Reports on military cantonments and civil stations in the Presidency of Bombay inspected by the Sanitary Commissioner in the years 1875 and 1876
Year: 1875
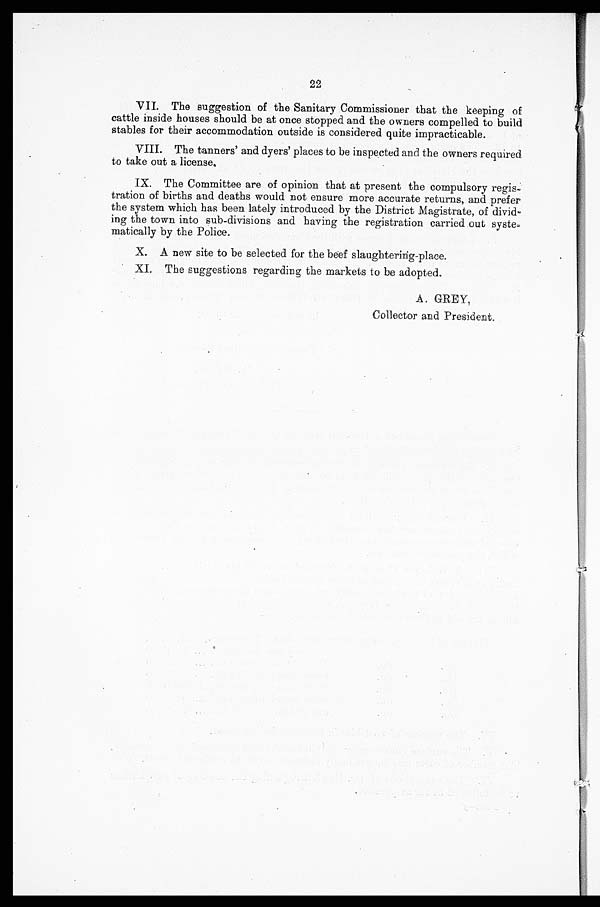
22
VII. The suggestion of the Sanitary Commissioner that the keeping of
cattle inside houses should be at once stopped and the owners compelled to build
stables for their accommodation outside is considered quite impracticable.
VIII. The tanners' and dyers' places to be inspected and the owners required
to take out a license.
IX. The Committee are of opinion that at present the compulsory regis--
tration of births and deaths would not ensure more accurate returns, and prefer
the system which has been lately introduced by the District Magistrate, of divid--
ing the town into sub-divisions and having the registration carried out syste-
matically by the Police.
X. A new site to be selected for the beef slaughtering-place.
X.I. The suggestions regarding the markets to be adopted.
A. GREY,
Collector and President.